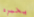
يخبره